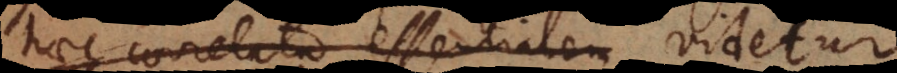
haec correlata essentialem videtur